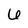
Character: 6